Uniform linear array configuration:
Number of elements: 24
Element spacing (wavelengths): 0.75
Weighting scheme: exponential
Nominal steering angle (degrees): -60
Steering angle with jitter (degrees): -58.344
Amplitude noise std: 0.05
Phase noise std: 0.05

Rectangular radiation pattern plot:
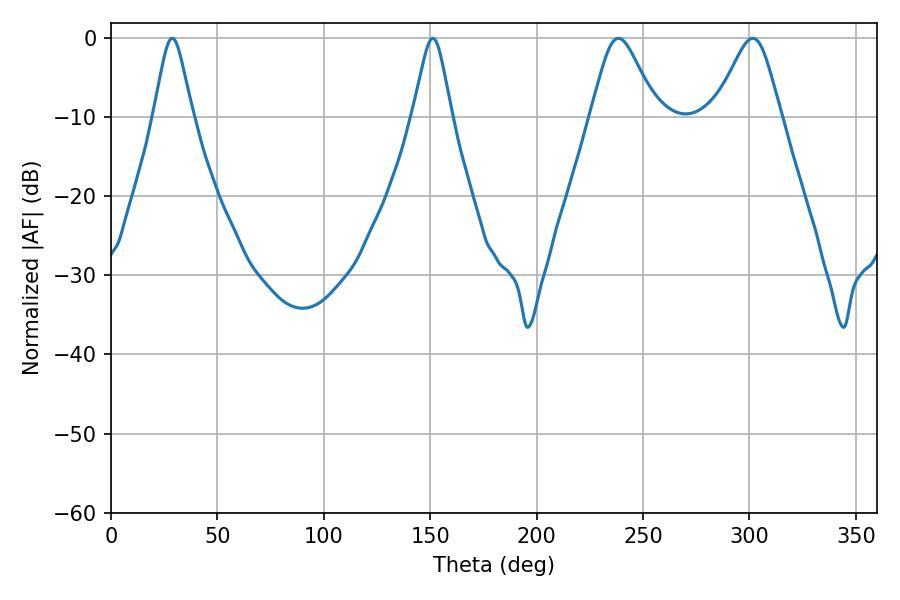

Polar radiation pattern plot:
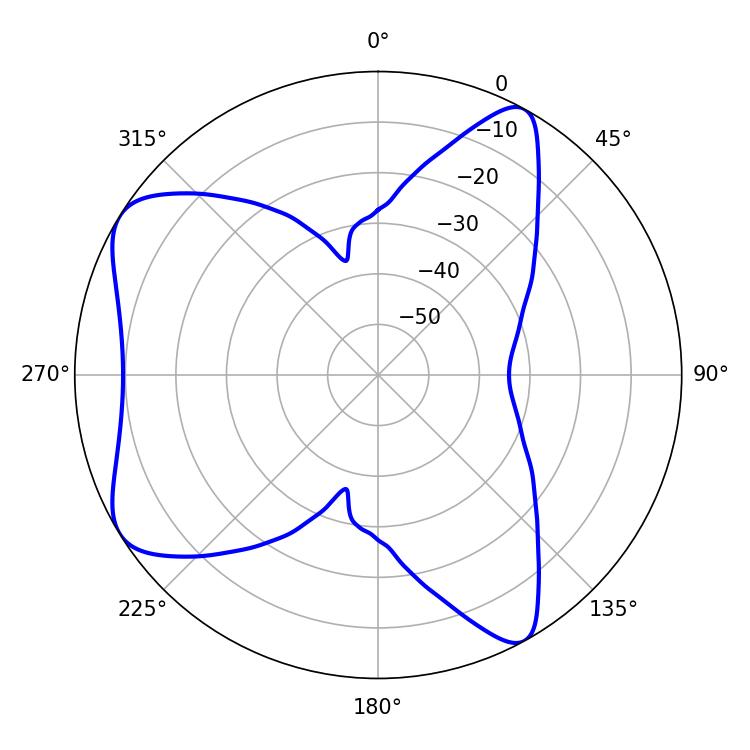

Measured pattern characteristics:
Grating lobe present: TRUE
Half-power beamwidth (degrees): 8.82
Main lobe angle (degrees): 28.8